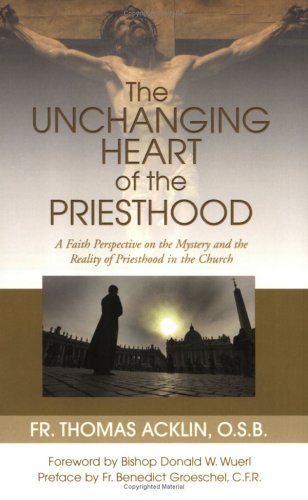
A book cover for Unchanging Heart of the Priesthood; O.S.B. Father Thomas Acklin; Christian Books & Bibles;